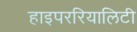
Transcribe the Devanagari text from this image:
हाइपररियालिटी